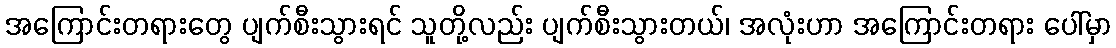
အကြောင်းတရားတွေ ပျက်စီးသွားရင် သူတို့လည်း ပျက်စီးသွားတယ်၊ အလုံးဟာ အကြောင်းတရား ပေါ်မှာ